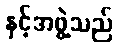
နှင့်အဖွဲ့သည်